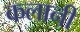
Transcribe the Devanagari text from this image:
कलानी